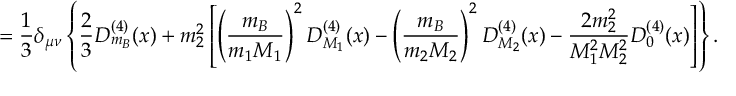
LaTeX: = \frac 1 3 \delta _ { \mu \nu } \left\{ \frac 2 3 D _ { m _ { B } } ^ { ( 4 ) } ( x ) + m _ { 2 } ^ { 2 } \left[ \left( \frac { m _ { B } } { m _ { 1 } M _ { 1 } } \right) ^ { 2 } D _ { M _ { 1 } } ^ { ( 4 ) } ( x ) - \left( \frac { m _ { B } } { m _ { 2 } M _ { 2 } } \right) ^ { 2 } D _ { M _ { 2 } } ^ { ( 4 ) } ( x ) - \frac { 2 m _ { 2 } ^ { 2 } } { M _ { 1 } ^ { 2 } M _ { 2 } ^ { 2 } } D _ { 0 } ^ { ( 4 ) } ( x ) \right] \right\} .